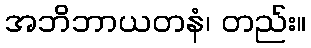
အဘိဘာယတနံ၊ တည်း။